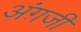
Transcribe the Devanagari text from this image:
अंग़जी